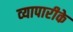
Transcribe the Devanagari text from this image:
व्‍यापारीके